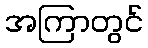
အကြာတွင်